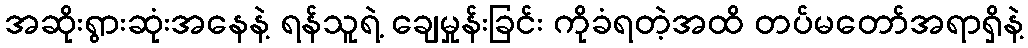
အဆိုးရွားဆုံးအနေနဲ့ ရန်သူရဲ့ ချေမှုန်းခြင်း ကိုခံရတဲ့အထိ တပ်မတော်အရာရှိနဲ့